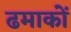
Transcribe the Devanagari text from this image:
ढमाकों